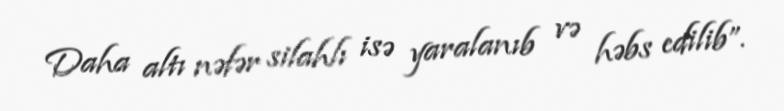
Daha altı nəfər silahlı isə yaralanıb və həbs edilib”.